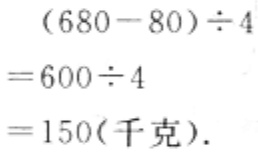
\[
\begin{align*}
&(680 - 80)\div4\\
=&600\div4\\
=&150(\text{千克})
\end{align*}
\]